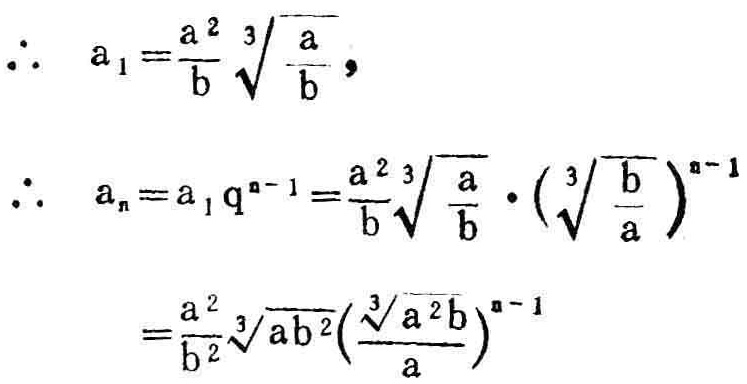
\[
\begin{align*}
\therefore\ a_{1}&=\frac{a^{2}}{b}\sqrt[3]{\frac{a}{b}},\\
\therefore\ a_{n}&=a_{1}q^{n - 1}=\frac{a^{2}}{b}\sqrt[3]{\frac{a}{b}}\cdot\left(\sqrt[3]{\frac{b}{a}}\right)^{n - 1}\\
&=\frac{a^{2}}{b^{2}}\sqrt[3]{ab^{2}}\left(\frac{\sqrt[3]{a^{2}b}}{a}\right)^{n - 1}
\end{align*}
\]